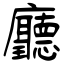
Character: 廳